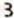
3